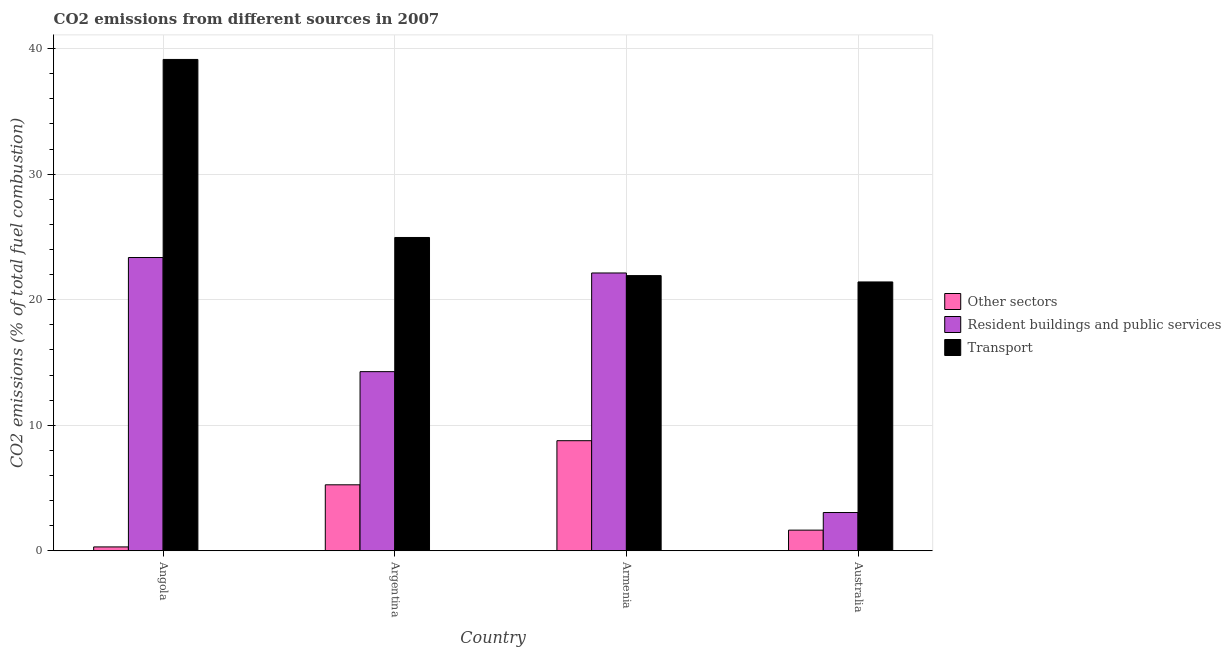
| Country | Other sectors | Resident buildings and public services | Transport |
 | --- | --- | --- | --- |
 | Angola | 0.307 | 23.4 | 39.1 |
 | Argentina | 5.25 | 14.3 | 25 |
 | Armenia | 8.77 | 22.1 | 21.9 |
 | Australia | 1.64 | 3.05 | 21.4 |